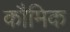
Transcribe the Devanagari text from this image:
कौमिक